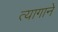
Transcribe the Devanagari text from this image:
त्यागाने